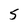
Character: 5